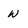
Character: w